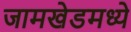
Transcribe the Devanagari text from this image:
जामखेडमध्ये